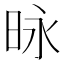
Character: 昹